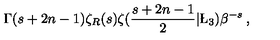
\Gamma ( s + 2 n - 1 ) \zeta _ { R } ( s ) \zeta ( \frac { s + 2 n - 1 } { 2 } | \L _ { 3 } ) \beta ^ { - s } \: , \nonumber